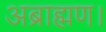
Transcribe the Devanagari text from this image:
अब्राह्मण।